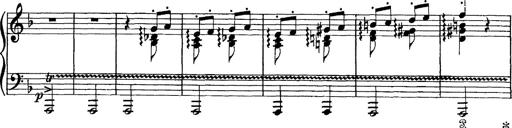
Title: Scherzo und Marsch
Composer: Franz Liszt